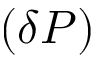
( \delta P )